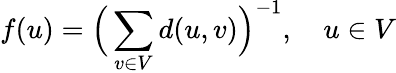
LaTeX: f(u)=\Big(\sum_{v\in V}d(u,v)\Big)^{-1},\quad u\in V